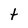
Character: t